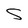
Character: S